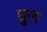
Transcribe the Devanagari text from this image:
ब्रुल